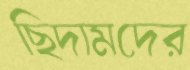
ছিদামদের